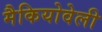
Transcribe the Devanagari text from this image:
मैकियोवेली